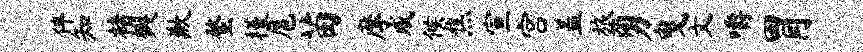
伴知楮瓣歉蝥槿扈苗摩戚候焦宣宫盖旅勇曳文嚼胃